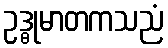
ဥဒ္ဓုမာတကသညံ